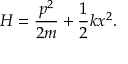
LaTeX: H = { \frac { p ^ { 2 } } { 2 m } } + { \frac { 1 } { 2 } } k x ^ { 2 } .